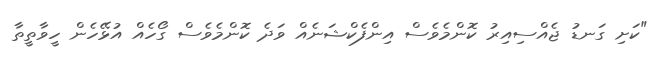
"ކަށި ގަނޑު ޖެއްސިއިރު ކޮންމެވެސް އިންފެކްޝަނެއް ވަދެ ކޮންމެވެސް ގޯހެއް އުޅޭހެން ހީވާތީތާ